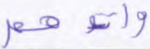
وآتوهم